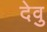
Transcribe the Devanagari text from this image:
देवु